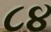
૮૪